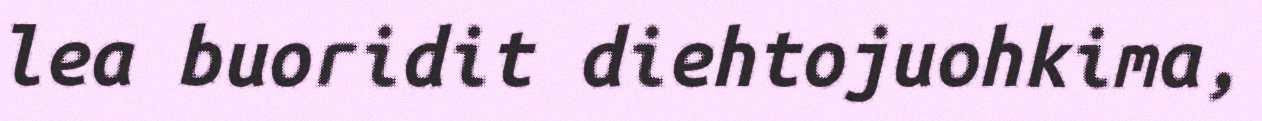
lea buoridit diehtojuohkima,